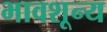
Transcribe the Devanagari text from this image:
भावशून्‍य